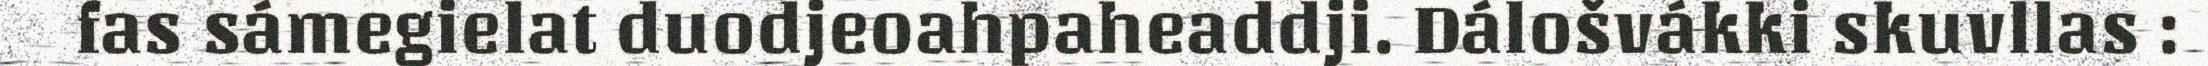
fas sámegielat duodjeoahpaheaddji. Dálošvákki skuvllas :